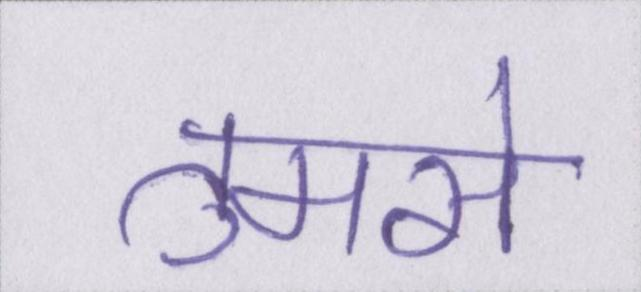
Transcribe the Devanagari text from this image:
तुमसे